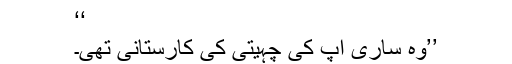
‘‘
’’وہ ساری آپ کی چہیتی کی کارستانی تھی۔